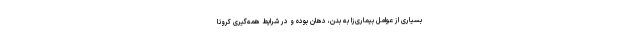
بسیاری از عوامل بیماری‌زا به بدن، دهان بوده و در شرایط همه‌گیری کرونا